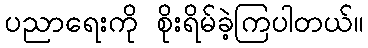
ပညာရေးကို စိုးရိမ်ခဲ့ကြပါတယ်။